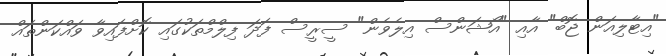
"އިޓާލިއަން ޖޮބް" އާއި "އޯޝަންސް އިލެވެން" ސީރީސް ފަދަ ފިލްމްތަކުގައި ކޮށްފައިވާ ވައްކަންތައް